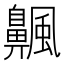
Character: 𫗅